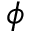
\phi